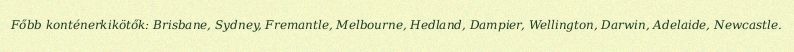
Főbb konténerkikötők: Brisbane, Sydney, Fremantle, Melbourne, Hedland, Dampier, Wellington, Darwin, Adelaide, Newcastle.